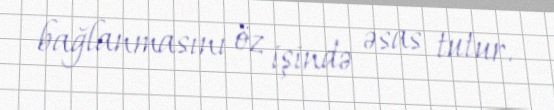
bağlanmasını öz işində əsas tutur.